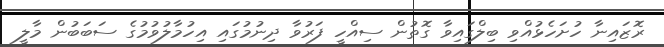
ރޮޒައިނާ ހުށަހެޅުއްވި ބިލްގައިވާ ގޮތުން ސިއްހީ ފަރުވާ ދިނުމުގައި އިހުމާލުވުމުގެ ސަބަބުން މާލީ